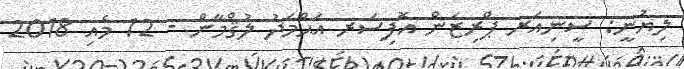
ލިޔުނީ: ސީނިއަރ ޕްރިޒަން އޮފިސަރ އަޙްމަދު ލުޤްމާން - 12 މެއި 2018